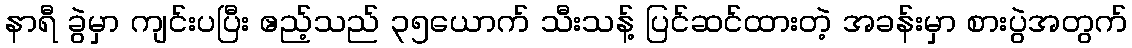
နာရီ ခွဲမှာ ကျင်းပပြီး ဧည့်သည် ၃၅ယောက် သီးသန့် ပြင်ဆင်ထားတဲ့ အခန်းမှာ စားပွဲအတွက်